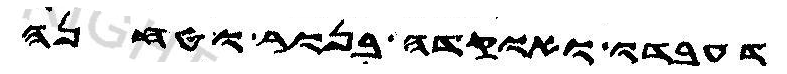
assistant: דעבדו ואוקדה בנור וטחנה